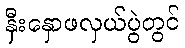
နှီးနှောဖလှယ်ပွဲတွင်